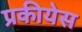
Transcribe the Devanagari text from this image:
प्रकीयेस